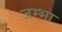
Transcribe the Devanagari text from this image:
जम्भा